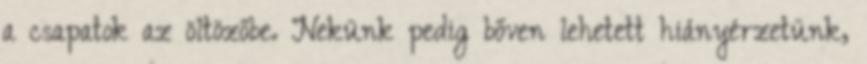
a csapatok az öltözőbe. Nekünk pedig bőven lehetett hiányérzetünk,